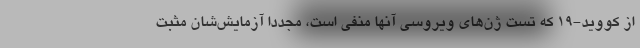
از کووید-۱۹ که تست ژن‌های ویروسی آنها منفی است، مجددا آزمایش‌شان مثبت